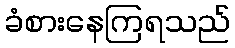
ခံစားနေကြရသည်